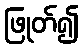
ဖြုတ်၍